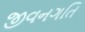
જીવનગતિ